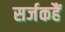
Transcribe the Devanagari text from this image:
सर्जकहैं